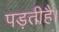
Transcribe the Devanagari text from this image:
पड़तीहै।